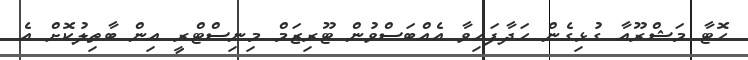
ހޮޓާ މަޝްރޫއާ ގުޅިގެން ހަދާފައިވާ އެއްބަސްވުން ޓޫރިޒަމް މިނިސްޓްރީ އިން ބާތިލުކޮށް އެ